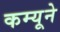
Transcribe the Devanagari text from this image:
कम्यूने